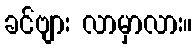
ခင်ဗျား လာမှာလား။